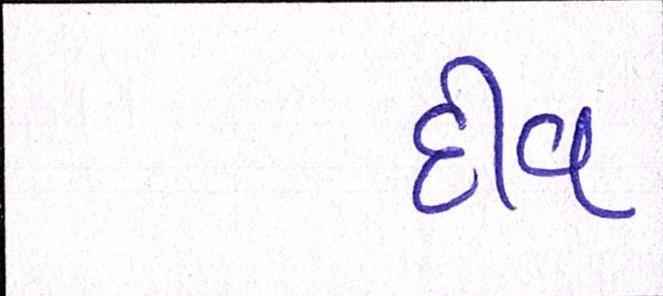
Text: દીવ